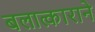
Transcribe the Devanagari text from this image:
बलात्काराने